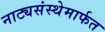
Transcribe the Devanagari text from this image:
नाट्यसंस्थेमार्फत